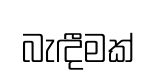
බැඳීමක්